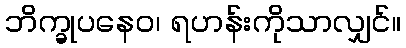
ဘိက္ခုပနေဝ၊ ရဟန်းကိုသာလျှင်။